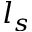
l _ { s }